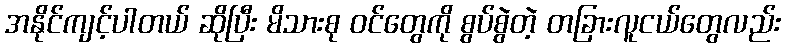
အနိုင်ကျင့်ပါတယ် ဆိုပြီး မိသားစု ဝင်တွေကို စွပ်စွဲတဲ့ တခြားလူငယ်တွေလည်း